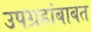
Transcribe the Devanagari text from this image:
उपग्रहांबाबत